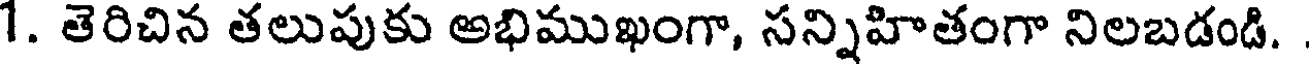
1. తెరిచిన తలుపుకు అభిముఖంగా, సన్నిహితంగా నిలబడండి.